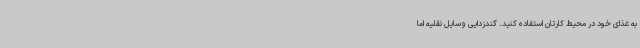
به غذای خود در محیط کارتان استفاده کنید. گندزدایی وسایل نقلیه اما